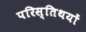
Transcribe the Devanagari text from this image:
परिस्तिथयों